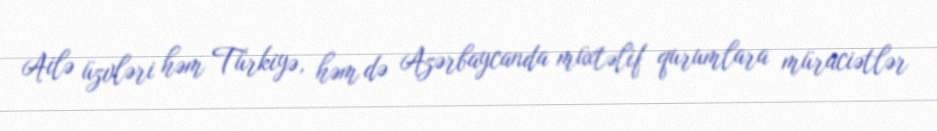
Ailə üzvləri həm Türkiyə, həm də Azərbaycanda müxtəlif qurumlara müraciətlər